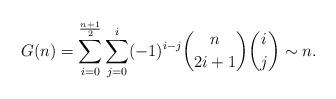
LaTeX: \begin{align*}G(n)=\sum \limits_{i=0}^{\frac{n+1}{2}}\sum \limits_{j=0}^{i}(-1)^{i-j}\binom{n}{2i+1} \binom{i}{j}\sim n.\end{align*}